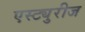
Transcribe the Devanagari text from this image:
एस्ट्युरीज